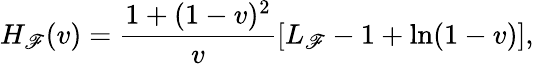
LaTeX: H_{\mathscr{F}}(v)=\frac{{1+(1-v)^{2}}}{{v}}[L_{\mathscr{F}}-1+\ln(1-v)],